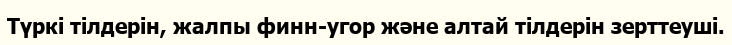
Түркі тілдерін, жалпы финн-угор және алтай тілдерін зерттеуші.